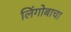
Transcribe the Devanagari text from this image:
लिंगोबाचा